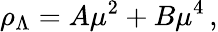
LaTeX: \rho_{\Lambda}=A\mu^{2}+B\mu^{4}\, ,